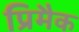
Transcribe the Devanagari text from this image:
प्रिमैक